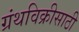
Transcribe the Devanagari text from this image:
ग्रंथविक्रीसाठी